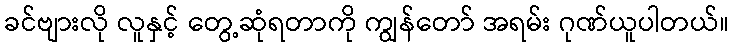
ခင်ဗျားလို လူနှင့် တွေ့ဆုံရတာကို ကျွန်တော် အရမ်း ဂုဏ်ယူပါတယ်။